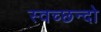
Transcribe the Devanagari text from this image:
स्वच्छन्दो